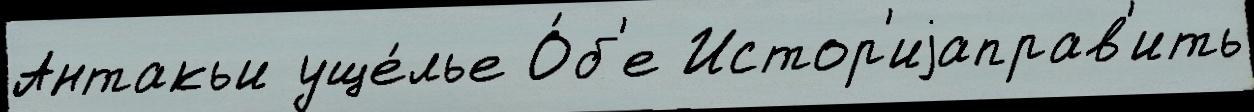
Антакьи уще́лье О́б'е Истор'иjаправ'ить